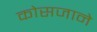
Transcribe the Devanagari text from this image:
कोसजाने